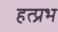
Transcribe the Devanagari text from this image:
हत्प्रभ